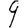
Digit: 9